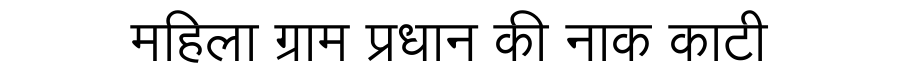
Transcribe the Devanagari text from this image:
महिला ग्राम प्रधान की नाक काटी